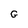
Character: G